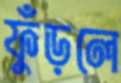
ফুঁড়লে